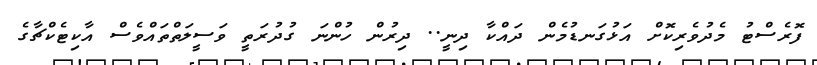
ފޮރެސްޓު މެދުވެރިކޮށް އަޅުގަނޑުމެން ދައްކާ ދިނީ.. ދިރުން ހުންނަ ގުދުރަތީ ވަސީލަތްތައްވެސް އާކިޓެކްޗާގެ